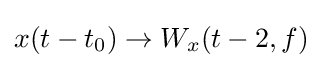
x(t-t_{0})\rightarrow W_{x}(t-2,f)